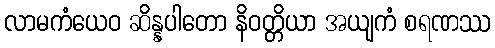
လာမကံယေဝ ဆိန္နပါတော နိဝတ္တိယာ အယျကံ စရဏဿ